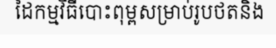
ដៃកម្មវិធីបោះពុម្ពសម្រាប់រូបថតនិង